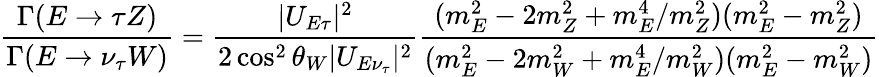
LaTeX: {\frac{\Gamma(E\rightarrow\tau Z)}{\Gamma(E\rightarrow\nu_{\tau}W)}}={\frac{|U_{E\tau}|^{2}}{2\cos^{2}\theta_{W}|U_{E\nu_{\tau}}|^{2}}}{\frac{(m_{E}^{2}-2m_{Z}^{2}+m_{E}^{4}/m_{Z}^{2})(m_{E}^{2}-m_{Z}^{2})}{(m_{E}^{2}-2m_{W}^{2}+m_{E}^{4}/m_{W}^{2})(m_{E}^{2}-m_{W}^{2})}}